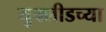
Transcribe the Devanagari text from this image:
युक्लीडच्या